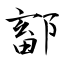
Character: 鄐